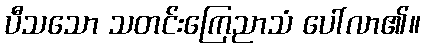
ပီသသော သတင်းကြေညာသံ ပေါ်လာ၏။